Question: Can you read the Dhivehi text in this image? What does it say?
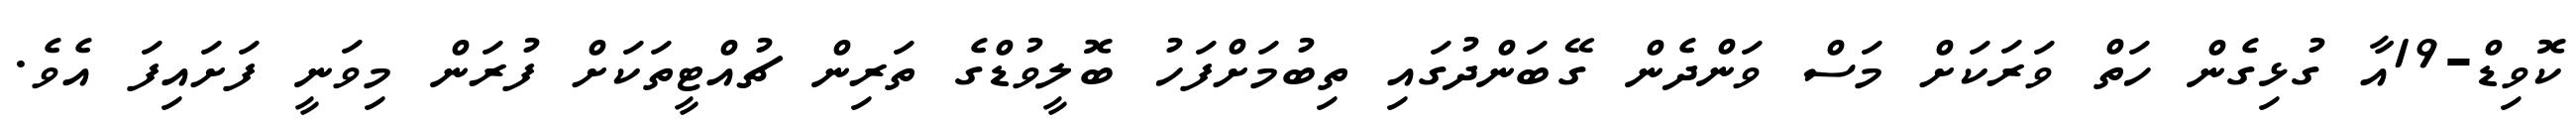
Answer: ކޮވިޑް-19އާ ގުޅިގެން ހަތް ވަރަކަށް މަސް ވަންދެން ގޭބަންދުގައި ތިބުމަށްފަހު ބޮލީވުޑްގެ ތަރިން ޗުއްޓީތަކަށް ފުރަން މިވަނީ ފަށައިފަ އެވެ.